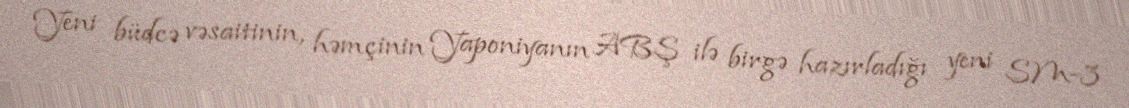
Yeni büdcə vəsaitinin, həmçinin Yaponiyanın ABŞ ilə birgə hazırladığı yeni SM-3